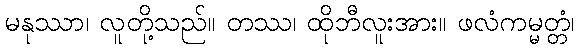
မနုဿာ၊ လူတို့သည်။ တဿ၊ ထိုဘီလူးအား။ ဖလံကမ္မတ္တံ၊